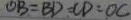
O B = B D = C D = O C